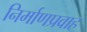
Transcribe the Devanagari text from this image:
निर्माणप्रवाह